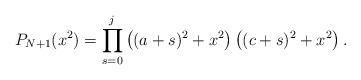
LaTeX: \begin{align*} P_{N+1}(x^2) = \prod_{s=0}^j \left((a+s)^2+x^2\right)\left((c+s)^2+x^2\right). \end{align*}